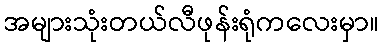
အများသုံးတယ်လီဖုန်းရုံကလေးမှာ။